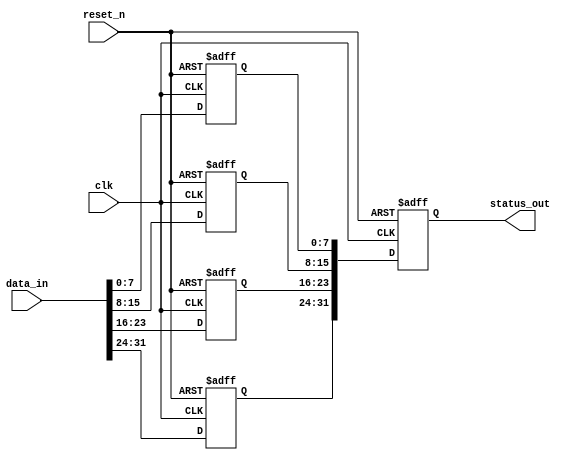
module MemoryBlocksCascadedFFDetector #(
    parameter NUM_BLOCKS = 4,       // Number of memory blocks
    parameter BLOCK_SIZE = 8         // Number of flip-flops in each block
)(
    input wire clk,                  // Main clock signal
    input wire reset_n,              // Asynchronous active-low reset
    input wire [NUM_BLOCKS*BLOCK_SIZE-1:0] data_in, // Data inputs for flip-flops
    output reg [NUM_BLOCKS*BLOCK_SIZE-1:0] status_out // Status output of flip-flops
);

    // Memory block to store states of flip-flops
    reg [BLOCK_SIZE-1:0] memory [0:NUM_BLOCKS-1];
    
    // Edge detection logic
    reg [BLOCK_SIZE-1:0] prev_state [0:NUM_BLOCKS-1];
    reg [BLOCK_SIZE-1:0] rising_edge [0:NUM_BLOCKS-1];
    reg [BLOCK_SIZE-1:0] falling_edge [0:NUM_BLOCKS-1];

    integer i, j;

    // Asynchronous reset and state capture on clock edge
    always @(posedge clk or negedge reset_n) begin
        if (!reset_n) begin
            // Reset all memory blocks and status outputs
            for (i = 0; i < NUM_BLOCKS; i = i + 1) begin
                memory[i] <= {BLOCK_SIZE{1'b0}};
                prev_state[i] <= {BLOCK_SIZE{1'b0}};
                rising_edge[i] <= {BLOCK_SIZE{1'b0}};
                falling_edge[i] <= {BLOCK_SIZE{1'b0}};
            end
            status_out <= {NUM_BLOCKS*BLOCK_SIZE{1'b0}};
        end else begin
            // Capture state of flip-flops and detect edges
            for (i = 0; i < NUM_BLOCKS; i = i + 1) begin
                memory[i] <= data_in[i*BLOCK_SIZE +: BLOCK_SIZE]; // Store current state
                for (j = 0; j < BLOCK_SIZE; j = j + 1) begin
                    // Edge detection logic
                    if (memory[i][j] && !prev_state[i][j]) begin
                        rising_edge[i][j] <= 1'b1; // Rising edge detected
                    end else begin
                        rising_edge[i][j] <= 1'b0;
                    end

                    if (!memory[i][j] && prev_state[i][j]) begin
                        falling_edge[i][j] <= 1'b1; // Falling edge detected
                    end else begin
                        falling_edge[i][j] <= 1'b0;
                    end

                    // Update previous state
                    prev_state[i][j] <= memory[i][j];
                end
            end

            // Update status output with current states
            for (i = 0; i < NUM_BLOCKS; i = i + 1) begin
                status_out[i*BLOCK_SIZE +: BLOCK_SIZE] <= memory[i];
            end
        end
    end

endmodule